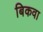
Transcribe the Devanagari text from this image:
बिकवा